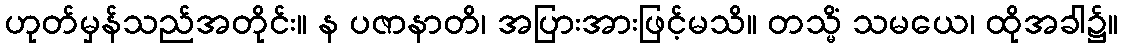
ဟုတ်မှန်သည်အတိုင်း။ န ပဇာနာတိ၊ အပြားအားဖြင့်မသိ။ တသ္မိံ သမယေ၊ ထိုအခါ၌။